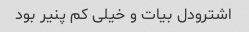
اشترودل بیات و خیلی کم پنیر بود